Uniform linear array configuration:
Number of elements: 12
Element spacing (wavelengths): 0.75
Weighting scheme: uniform
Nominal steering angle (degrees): -45
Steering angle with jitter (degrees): -45.335
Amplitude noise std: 0.05
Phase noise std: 0.05

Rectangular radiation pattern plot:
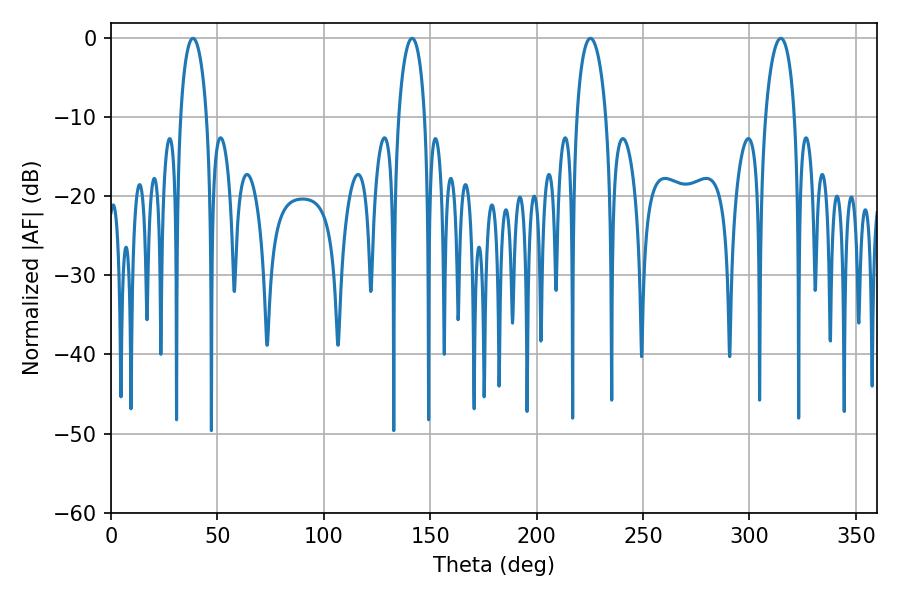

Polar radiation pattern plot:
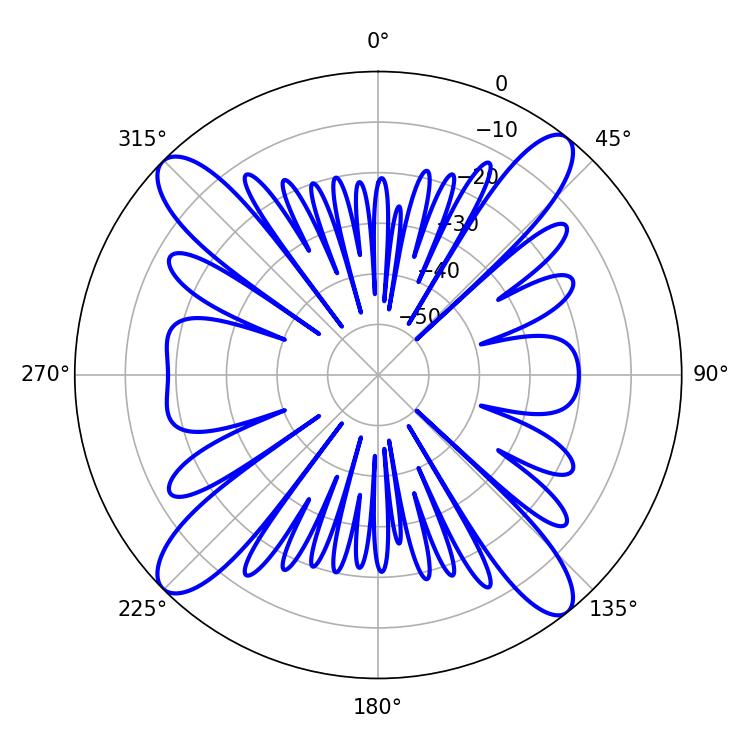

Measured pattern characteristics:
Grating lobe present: TRUE
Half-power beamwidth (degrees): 7.02
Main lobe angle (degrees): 38.52